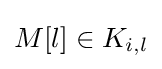
M[l]\in K_{i,l}